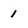
Character: 1